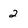
Character: 2